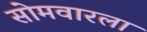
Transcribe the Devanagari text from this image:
सोमवारला